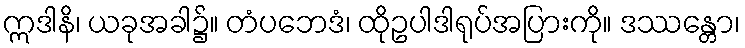
ဣဒါနိ၊ ယခုအခါ၌။ တံပဘေဒံ၊ ထိုဥပါဒါရုပ်အပြားကို။ ဒဿန္တော၊